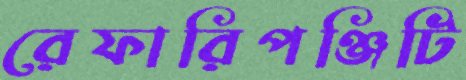
রেফারিপঞ্জিটি